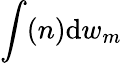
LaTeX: \int(n)\mathrm{d}w_{m}